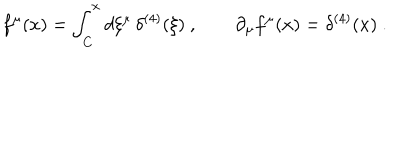
f ^ { \mu } ( x ) = \int _ { C } ^ { x } d \xi ^ { \mu } \, \delta ^ { ( 4 ) } ( \xi ) \ , \qquad \partial _ { \mu } f ^ { \mu } ( x ) = \delta ^ { ( 4 ) } ( x ) \ .